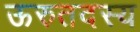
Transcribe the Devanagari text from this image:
ऊरुतदस्य